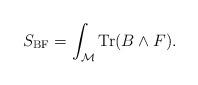
LaTeX: \begin{align*}S_{\rm BF} = \int_{\cal M} {\rm Tr} (B\wedge F).\end{align*}